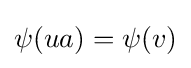
\psi (ua)=\psi (v)